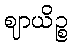
ဈာယိဉ္စ